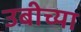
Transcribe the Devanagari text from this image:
उबीच्या